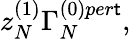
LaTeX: z_{N}^{(1)}\Gamma_{N}^{(0)per\mathsf{t}},